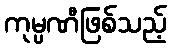
ကုမ္ပဏီဖြစ်သည့်